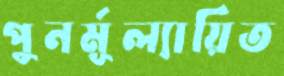
পুনর্মূল্যায়িত